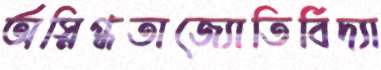
অস্নিগ্ধতাজ্যোতির্বিদ্যা